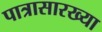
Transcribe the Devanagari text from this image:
पात्रासारख्या